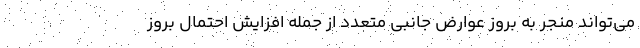
می‌تواند منجر به بروز عوارض جانبی متعدد از جمله افزایش احتمال بروز